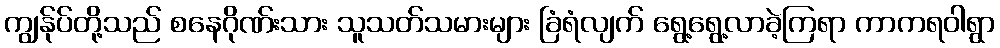
ကျွန်ုပ်တို့သည် စနေဂိုဏ်းသား သူသတ်သမားများ ခြံရံလျက် ရွေ့ရွေ့လာခဲ့ကြရာ ကာကရဝါရွာ